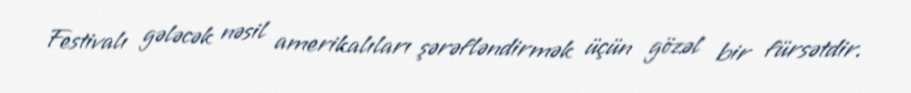
Festivalı gələcək nəsil amerikalıları şərəfləndirmək üçün gözəl bir fürsətdir.